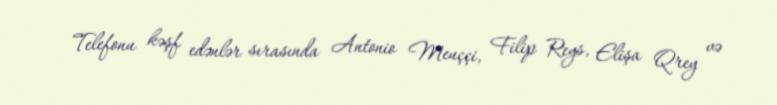
Telefonu kəşf edənlər sırasında Antonio Meuççi, Filip Reys, Elişa Qrey və